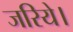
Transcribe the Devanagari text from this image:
जरिये।